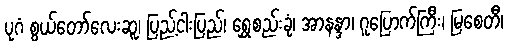
ပုဂံ စွယ်တော်လေးဆူ၊ ပြည့်ငါးပြည်၊ ရွှေစည်းခုံ၊ အာနန္ဒာ၊ ဂူပြောက်ကြီး၊ မြစေတီ၊